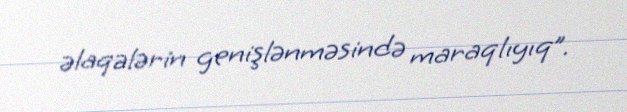
əlaqələrin genişlənməsində maraqlıyıq”.